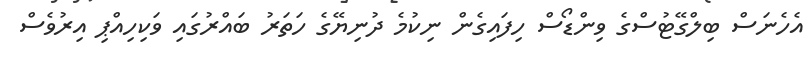
އެހެނަސް ބިލްގޭޓުސްގެ ވިންޑޯސް ހިފައިގެން ނިކުމެ ދުނިޔޭގެ ހަތަރު ބައްރުގައި ވަކިހިއްޕި އިރުވެސް